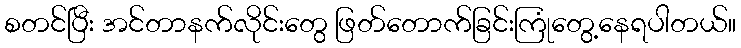
စတင်ပြီး အင်တာနက်လိုင်းတွေ ဖြတ်တောက်ခြင်းကြုံတွေ့နေရပါတယ်။